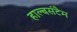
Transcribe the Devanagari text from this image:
हाल्बर्सटैम